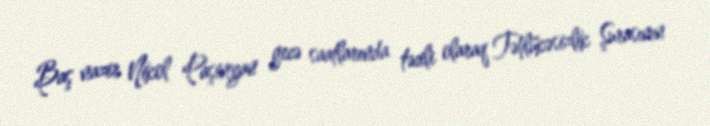
Baş nazir Nikol Paşinyan gecə saatlarında təcili olaraq Təhlükəsizlik Şurasının